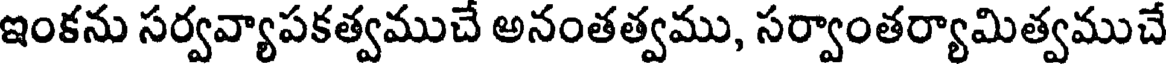
ఇంకను సర్వవ్యాపకత్వముచే అనంతత్వము, సర్వాంతర్యామిత్వముచే